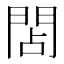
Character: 䦓